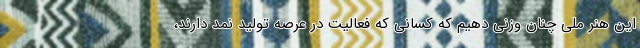
این هنر ملی چنان وزنی دهیم که کسانی که فعالیت در عرصه تولید نمد دارند،